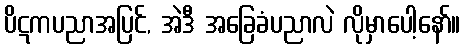
ပိဋကပညာအပြင်, အဲဒီ အခြေခံပညာလဲ လိုမှာပေါ့နော်။